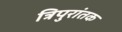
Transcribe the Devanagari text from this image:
त्रिपुरांतक